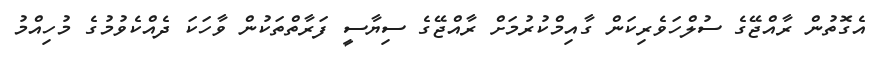
އެގޮތުން ރާއްޖޭގެ ސުލްހަވެރިކަން ގާއިމްކުރުމަށް ރާއްޖޭގެ ސިޔާސީ ފަރާތްތަކުން ވާހަކަ ދެއްކެވުމުގެ މުހިއްމު